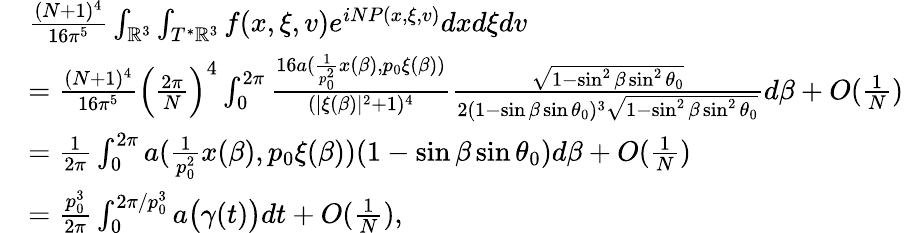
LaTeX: \begin{array}{rl}&{\frac{(N+1)^{4}}{16\pi^{5}}\int_{\mathbb{R}^{3}}\int_{T^{*}\mathbb{R}^{3}}f(x,\xi,v)e^{iNP(x,\xi,v)}dxd\xi dv}\\ &{=\frac{(N+1)^{4}}{16\pi^{5}}\Big(\frac{2\pi}{N}\Big)^{4}\int_{0}^{2\pi}\frac{16a(\frac{1}{p_{0}^{2}}x(\beta),p_{0}\xi(\beta))}{(|\xi(\beta)|^{2}+1)^{4}}\frac{\sqrt{1-\sin^{2}\beta\sin^{2}\theta_{0}}}{2(1-\sin\beta\sin\theta_{0})^{3}\sqrt{1-\sin^{2}\beta\sin^{2}\theta_{0}}}d\beta+O(\frac{1}{N})}\\ &{=\frac{1}{2\pi}\int_{0}^{2\pi}a(\frac{1}{p_{0}^{2}}x(\beta),p_{0}\xi(\beta))(1-\sin\beta\sin\theta_{0})d\beta+O(\frac{1}{N})}\\ &{=\frac{p_{0}^{3}}{2\pi}\int_{0}^{2\pi/p_{0}^{3}}a\big(\gamma(t)\big)dt+O(\frac{1}{N}),}\end{array}